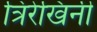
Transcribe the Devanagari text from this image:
त्रिरेखिनी